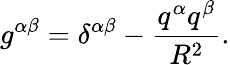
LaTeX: g^{\alpha\beta}=\delta^{\alpha\beta}-\frac{q^{\alpha}q^{\beta}}{R^{2}}.